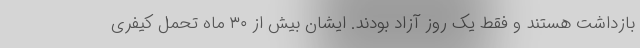
بازداشت هستند و فقط یک روز آزاد بودند. ایشان بیش از ۳۰ ماه تحمل کیفری